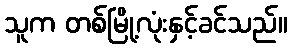
သူက တစ်မြို့လုံးနှင့်ခင်သည်။